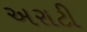
અરાટી